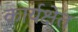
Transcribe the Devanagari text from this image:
कार्यक्षेत